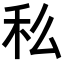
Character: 𥝠